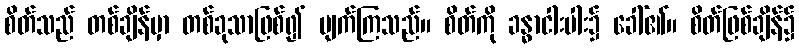
စိတ်သည် တစ်ချိန်မှာ တစ်ခုသာဖြစ်၍ ပျက်ကြသည်။ စိတ်ကို ခန္ဓာငါးပါး၌ ခေါ်၏။ စိတ်ဖြစ်ချိန်၌